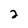
Character: 2